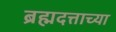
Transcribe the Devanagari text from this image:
ब्रह्मदत्ताच्या